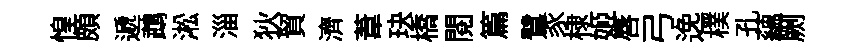
惶頗遞鵡淞淄狄貿濟葦玦橋閱篇鷺豕棣姬唇弓𨓜樸孔蘊劂